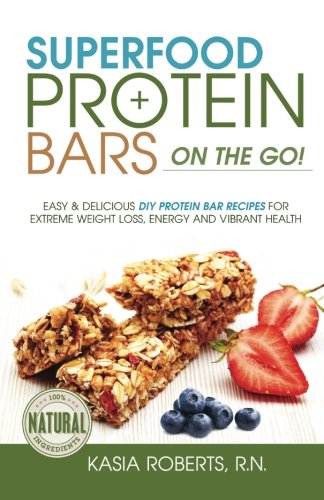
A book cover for Superfood Protein Bars On-the-Go: Easy and Delicious DIY Protein Bar Recipes For Extreme Weight Loss, Energy and Vibrant Health; Kasia Roberts; Cookbooks, Food & Wine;